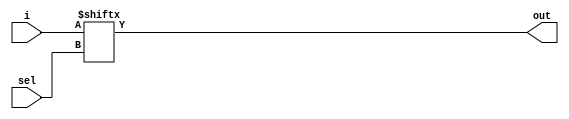
module Mux32to1 (i, sel, out);
input [31:0] i;
input [4:0] sel;
output out;

assign out = i[sel];
endmodule



module Mux32to1_tb ();
reg [31:0] in;
reg [4:0] sel;
wire out;
integer i;

Mux32to1 M1 (in, sel, out);

initial
begin
	in=32'd1024;
	for(i=0;i<32;i=i+1)
		#1 sel=i;
	#5 $finish;
end

endmodule